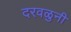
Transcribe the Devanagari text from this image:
दरवळुनी